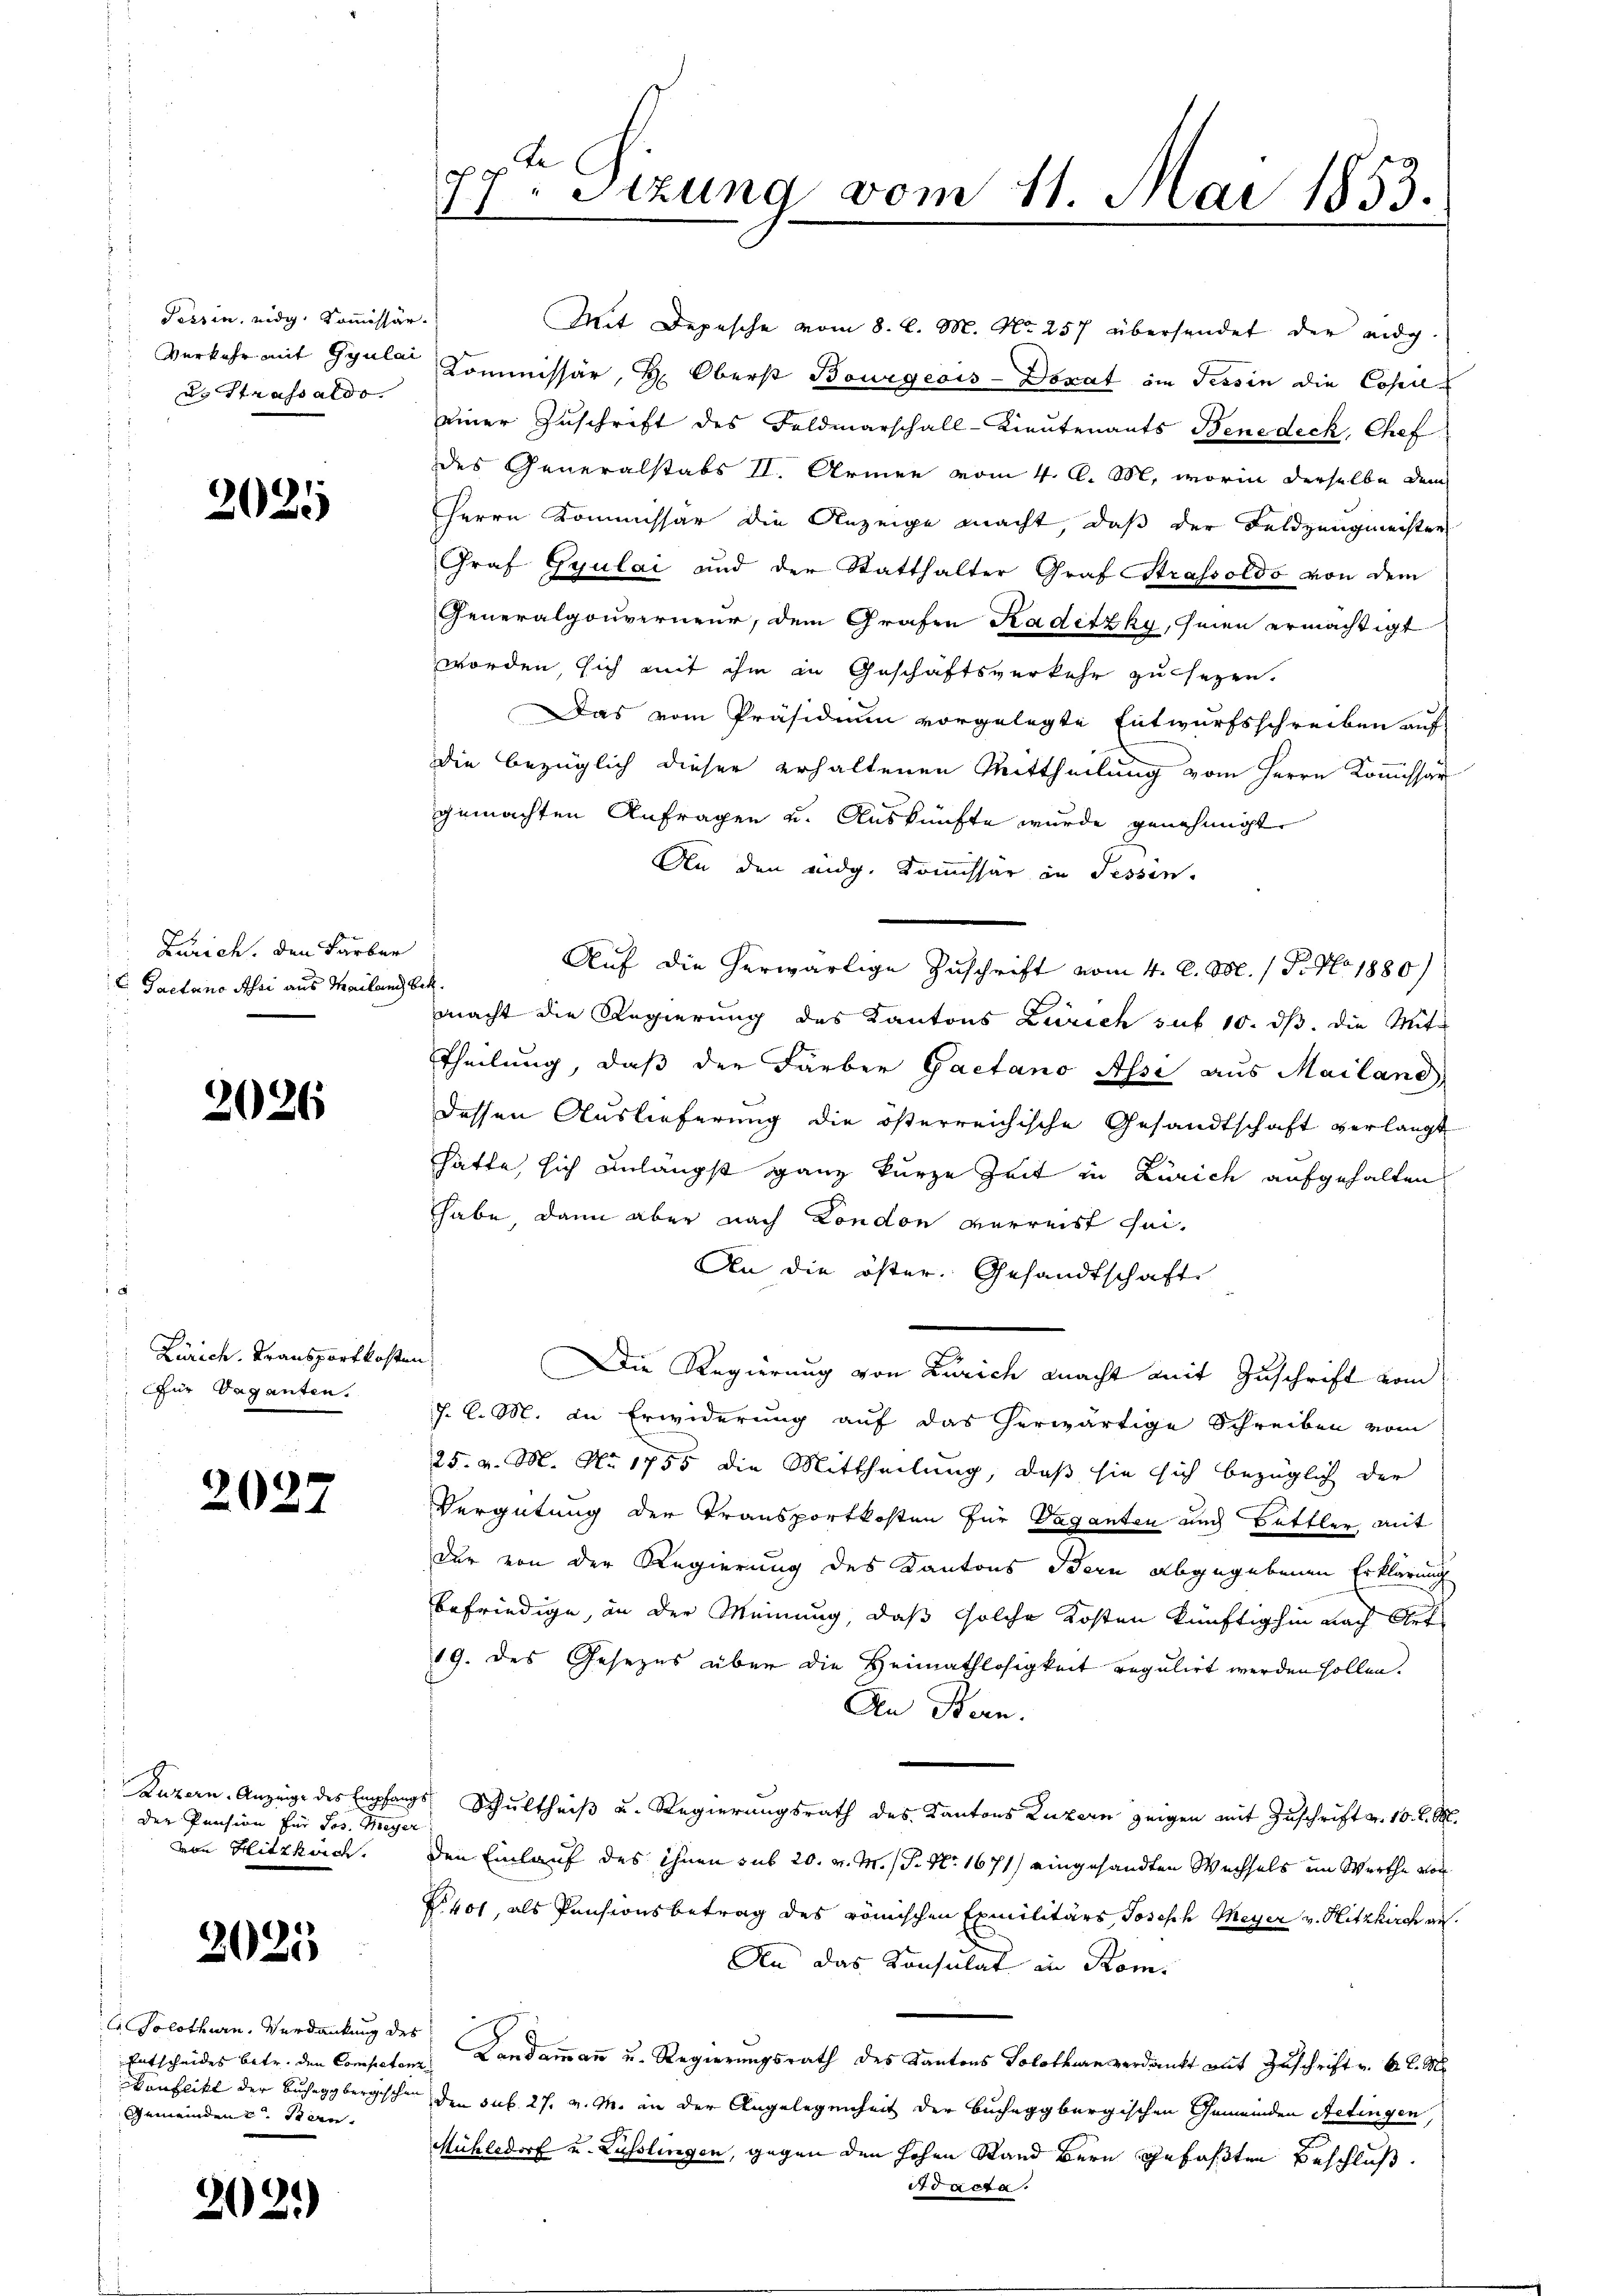
Tessin, eidg. Kommissär.
d. Strassaldo

2025

Zürich. Den Farber
C. Pactano Ahri aus Mailand Bek.
i

2026

Zürich. Transportkosten
Für Vaganten.

2027

der Pension für Jos. Meyer
von Hitzkoch.

2025

2021)

Solothurn. Verdankung des
Entscheides betr. den Compet
Gemeinden Stan

77ten Sizung vom 11. Mai 1853.

Mit Depesche vom 8. d. M. No 257 übersendet der eidg.
Verkehr mit Gyale Commissär, H. Oberst Bourgeois-Donat im Tessin die Copeileiner Zuschrift des Feldmarschall-Lieutenants Benedeck, Chef
des Generalstabs II. Armee vom 4. A. M., worin derselbe dem
Herrn Kommissar die Anzeige macht, daß der Feldzaugmeister
Graf Gyulai und der Statthalter Graf Strassoldo von dem
Generalgouverneur, dem Grafen Kadetzky, sien ermächtigt
worden, sich mit ihm in Geschäftsverkehr zu sezen.
Das vom Präsidium vorgelegte Entwurfsschreiben auf
die bezüglich dieser erhaltenen Mittheilung vom Herrn Kommissar
gemachten Anfragen u. Auskünfte wurde genehmigt.
An den eidg. Kommissär in Tessin.
Auf die herwärtige Zuschrift vom 4. d. M. / 5. No 1880)
macht die Regierung des Kantons Zürich sub 10. ds. die Mite
Theilung, daß der Färber Gaetano Assi aus Mailand
dessen Auslieferung die österreichische Gesandtschaft verlangt
hätte, sich unlängst ganz kurze Zeit in Zürich aufgehalten
hhabe, dann aber nach London verreist sei.
An die öster. Gesandtschaft
Die Regierung von Zürich macht mit Zuschrift vom
J. l. M. in Erwiderung auf das herwärtige Schreiben vom
25. v. M. No 1755 die Mittheilung, daß sie sich bezüglich der
Vergütung der Transportkosten für Vaganten auch Bettler mit
Der von der Regierung des Kantons Bern abgegebenen Erklärung
befriedige, in der Meinung, daß solche Kosten künftighin nach Art
19. des Gesezes über die Heimathlosigkeit regulirt werden sollen.
An Bern.
Luzern, Anzeige des Empfangs Schultheiß u. Regierungsrath des Kantons Luzern zeigen mit Zuschrift v. 10. d. M.
den Einlauf des ihnen sub 20. v. M. P. Nr. 1671) eingesandten Wechsels im Werthe vor
K401, als Pensionsbetrag des römischen Exmilitärs Joseph Meyer v. Hitzkirch au
An das Konsulat in Rom.
nes Landammann u. Regierungsrath des Kantons Solothurnverdankt mit Zuschrift v. 6. d. M.
Wonflikt der Bucheggbergischen den sub. 27. v. M. an der Angelegenheit der bucheggburgischen Gemeinden Aetingen,
Mühledorf u. Lüsslingen, gegen den hohen Stand Bern gefaßten Beschluß
ocicda.